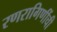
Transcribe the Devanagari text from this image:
रणरागिणींची